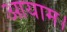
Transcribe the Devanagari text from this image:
आयाम।